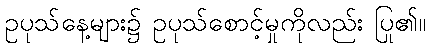
ဥပုသ်နေ့များ၌ ဥပုသ်စောင့်မှုကိုလည်း ပြု၏။